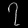
Digit: ၇